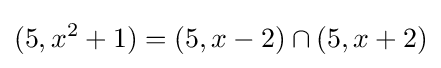
(5,x^{2}+1)=(5,x-2)\cap (5,x+2)